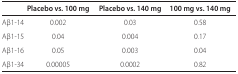
<table><thead><tr><td>[EMPTY_CELL]</td><td><b>Placebo vs. 100 mg</b></td><td><b>Placebo vs. 140 mg</b></td><td><b>100 mg vs. 140 mg</b></td></tr></thead><tbody><tr><td>Aβ1-14</td><td>0.002</td><td>0.03</td><td>0.58</td></tr><tr><td>Aβ1-15</td><td>0.04</td><td>0.004</td><td>0.17</td></tr><tr><td>Aβ1-16</td><td>0.05</td><td>0.003</td><td>0.04</td></tr><tr><td>Aβ1-34</td><td>0.00005</td><td>0.0002</td><td>0.82</td></tr></tbody></table>